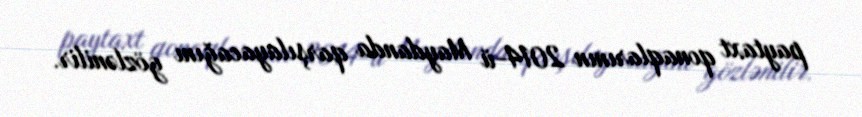
paytaxt qonaqlarının 2014-ü Maydanda qarşılayacağını gözlənilir.